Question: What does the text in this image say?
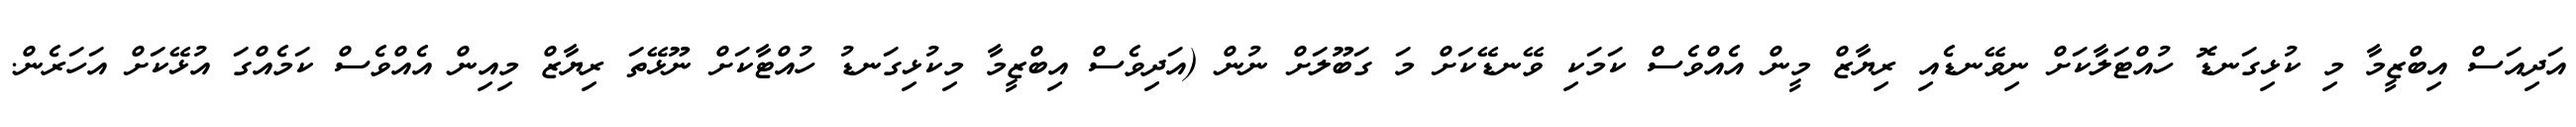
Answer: އަދިއަސް އިބްޒީމާ މި ކުޅިގަނޑޮ ހުއްޓަލާކަށް ނިވޭނޑެއި ރިޔާޒް މީން އެއްވެސް ކަމަކި ވޭނޑޭކަށް މަ ގަބޫލަށް ނުން (އަދިވެސް އިބްޒީމާ މިކުޅިގަނޑު ހުއްޓާކަށް ނޫޅޭތަ ރިޔާޒް މިއިން އެއްވެސް ކަމެއްގަ އުޅޭކަށް އަހަރެން.